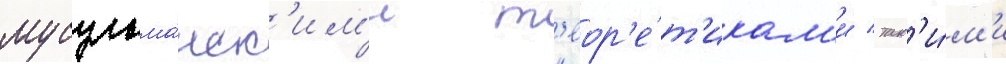
мусульма́нск'им'и т'еор'е́т'икам'и / так'и́м'и